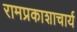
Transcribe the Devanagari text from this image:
रामप्रकाशाचार्य